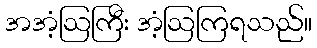
အအံ့ဩကြီး အံ့ဩကြရသည်။